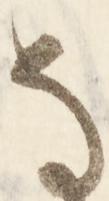
な